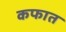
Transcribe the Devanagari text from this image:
कफात